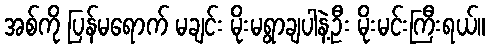
အစ်ကို ပြန်မရောက် မချင်း မိုးမရွာချပါနဲ့ဦး မိုးမင်းကြီးရယ်။